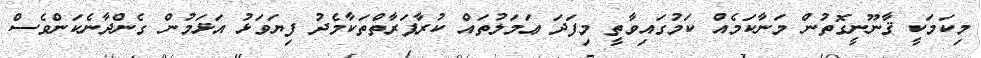
މިކަމަކީ ޤާނޫނީގޮތުން މަނާކަމެއް ކަމުގައިވާތީ މިފަދަ ޢަމަލުތައް ކުރާފަރާތްތަކާމެދު ފިޔަވަޅު އަޅަމުން ގެންދާނެކަންވެސް